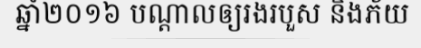
ឆ្នាំ២០១៦ បណ្តាលឲ្យរងរបួស និងភ័យ